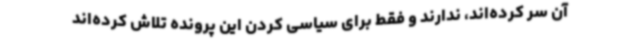
آن سر کرده‌اند، ندارند و فقط برای سیاسی کردن این پرونده تلاش‌ کرده‌اند